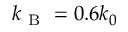
k _ { \mathrm { ~ B ~ } } = 0 . 6 k _ { 0 }